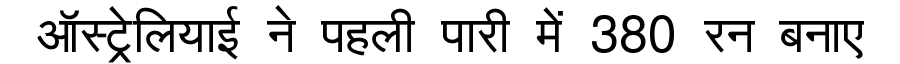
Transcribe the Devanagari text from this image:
ऑस्ट्रेलियाई ने पहली पारी में 380 रन बनाए